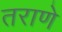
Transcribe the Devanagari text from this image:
तराणे